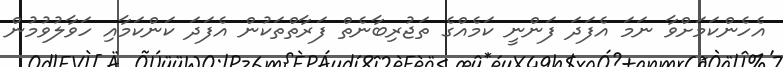
އެހެންކަމަށްވާ ނަމަ އެފަދަ ފަންނީ ކަމެއްގެ ތަޖުރިބާނެތް ފަރާތްތަކުން އެފަދަ ކަންކަމާއި ހަވާލުވުމުން